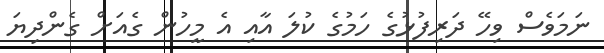
ނަމަވެސް ވިހޭ ދަރިފުޅުގެ ހަމުގެ ކުލަ އާއި އެ މީހުން ގެއަށް ގެންދިޔަ